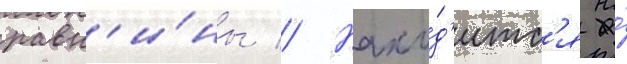
равн'и́ны // Нахо́д'итс'я на́